Calcutta medical institutions reports 1879-81 [i.e.91]
Year: 1879
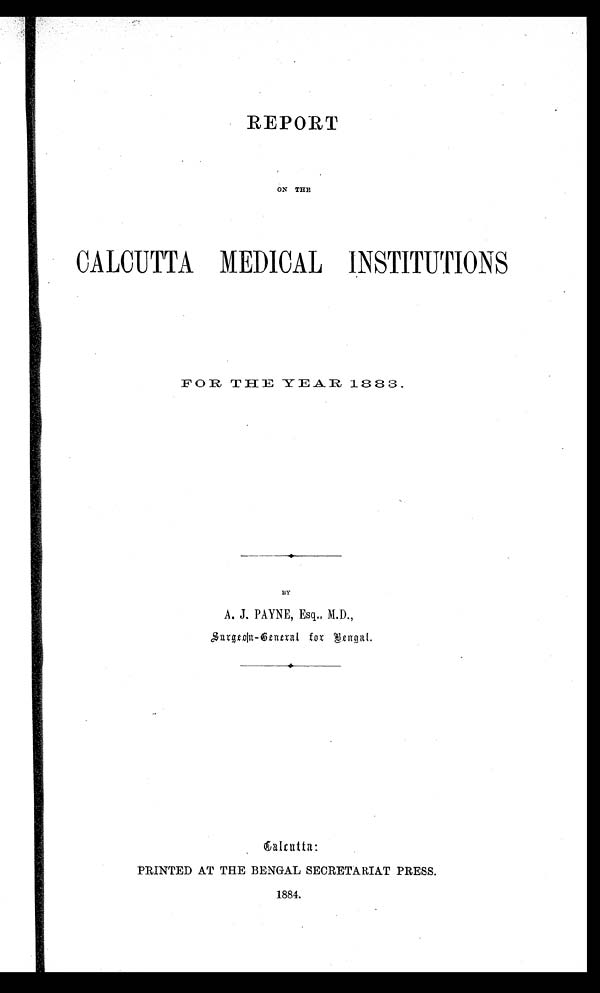
REPORT
ON THE
CALCUTTA MEDICAL INSTITUTIONS
FOR THE YEAR 1883.
A. J. PAYNE, Esq., M.D.,
Surgeon-General for Bengal.
Calcutta:
PRINTED AT THE BENGAL SECRETARIAT PRESS.
1884.